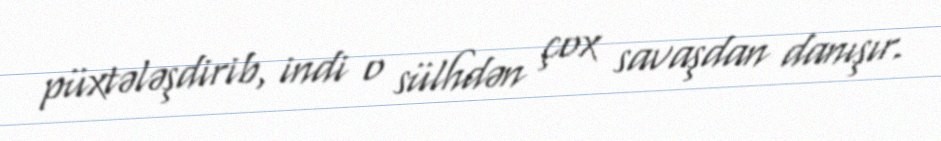
püxtələşdirib, indi o sülhdən çox savaşdan danışır.